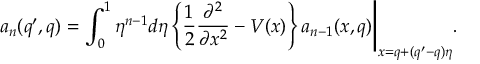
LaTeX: a _ { n } ( q ^ { \prime } , q ) = \int _ { 0 } ^ { 1 } \eta ^ { n - 1 } d \eta \left\{ \frac { 1 } { 2 } \frac { \partial ^ { 2 } } { \partial x ^ { 2 } } - V ( x ) \right\} a _ { n - 1 } ( x , q ) \Biggl . \Biggr | _ { x = q + ( q ^ { \prime } - q ) \eta } .